system: You are a helpful assistant.
user:
Analyze the provided spectrum to determine if it is a **White Dwarf (WD)**.

A White Dwarf spectrum is defined by its **extreme purity** (due to gravitational settling) and/or **extreme pressure broadening** (due to high surface gravity). You must check for one of the following mutually exclusive signatures:

- **Key Visual Indicators (Check for ONE of these types):**

    - **1. DA-Type Signature (Most Common):**
        - **(Primary Feature):** Extreme pressure broadening (Stark broadening) of the **Hydrogen (H) Balmer lines**.
        - **(Key Lines):** $H\beta$ (approx. $4861$ Å) and $H\gamma$ (approx. $4340$ Å). $H\alpha$ (approx. $6563$ Å) will also be present if the wavelength range covers it.
        - **(Line Profile):** This is the **defining feature**. The lines are **NOT** sharp. They appear as massive, **extremely broad and deep "troughs" or "dips"** in the spectrum, often hundreds of Ångströms wide. The continuum will appear to "scoop" down at these wavelengths.
        - **(Distinction):** Normal A-type or B-type stars have *narrow* and *sharp* Hydrogen lines. A DA White Dwarf's lines are unmistakably "smeared" or "blurry" from pressure.

    - **2. DB-Type Signature:**
        - **(Primary Feature):** Broad absorption lines from **Neutral Helium (He I)**. The spectrum must lack any visible Hydrogen lines.
        - **(Key Lines):** Look for broad absorption near $4471$ Å, $4921$ Å, and $5876$ Å.
        - **(Line Profile):** These lines are also significantly pressure-broadened, appearing much wider than they would in a normal B-type main-sequence star.

    - **3. DC-Type Signature:**
        - **(Primary Feature):** A **featureless continuous spectrum**.
        - **(Line Profile):** The spectrum is a smooth curve with **no significant absorption or emission lines**.
        - **(Key Confirmation):** The continuum is almost always **blue or white**, indicating a hot object. This signature implies the atmosphere is so pure (or so cool) that no spectral lines are visible in the optical range. Its WD identity is confirmed by its extremely low intrinsic brightness (high absolute magnitude).

    - **4. DZ-Type Signature (Metal-Polluted):**
        - **(Primary Feature):** **Isolated, narrow metal absorption lines** on an otherwise featureless (DC-like) continuum.
        - **(Key Lines):** The **Calcium (Ca II) H & K doublet** (approx. **$3934$ Å** and **$3968$ Å**) is the most common and defining feature.
        - **(Line Profile):** These lines are "out of place." They are *not* part of a "forest" of thousands of lines. This signature is evidence of recent *accretion* (pollution) from rocky debris.
        - **(Distinction):** Normal G/K/M stars have a *dense forest* of thousands of metal lines. A DZ has a *clean* continuum with *only a few* strong metal lines.

    - **5. DQ-Type Signature (Carbon-Polluted):**
        - **(Primary Feature):** Absorption bands from **Carbon (C₂ "Swan Bands" or atomic C I)**.
        - **(Key Lines - C₂):** Look for bandheads with a "saw-tooth" shape near $5635$ Å, **$5165$ Å** (strongest), and $4737$ Å.
        - **(Key Confirmation):** The underlying **continuum must be blue or white** (hot).
        - **(Distinction):** This is the critical difference from a **Carbon Star**, which has the *exact same* C₂ bands but on an extremely **red, cool** continuum.

- **(Overall Spectrum):**
    - The continuum (overall shape) is typically **blue-sloping** (brighter in the blue than the red), as most white dwarfs are very hot.
    - The spectrum will look "pure" or "simple," dominated by only *one* of the five signatures listed above.

Think first, call **spectral_visualization_tool** if needed to examine features in detail, then provide your final answer. Your response must adhere to the following strict rules:
1.  **Overall Structure:** Your response must follow the format `<think>...</think> <tool_call>...</tool_call> (if a tool is used) <answer>...</answer>`.
2.  **Tool Usage Constraint:** You may only make **one** tool call per turn.
3.  **Final Answer Format:** In the `<answer>` tag, your conclusion must be inside a `\boxed{}` command (e.g., `\boxed{YES}` or `\boxed{NO}`), followed by your justification.

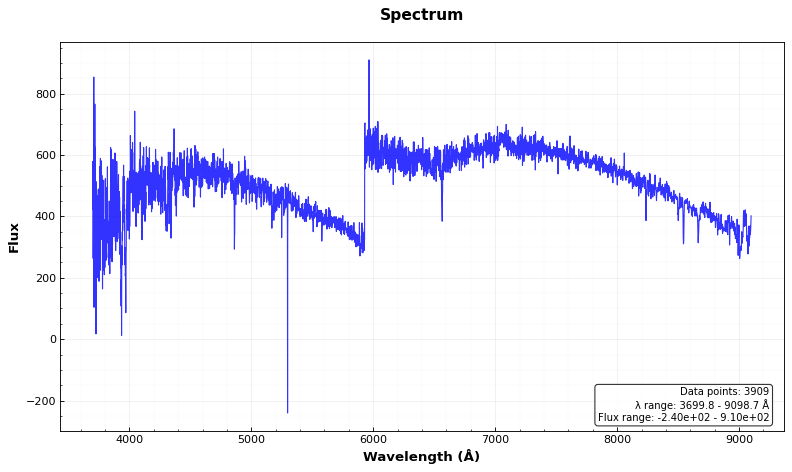
Answer: NO